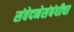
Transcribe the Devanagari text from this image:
संवेदनेसंबंधीचा